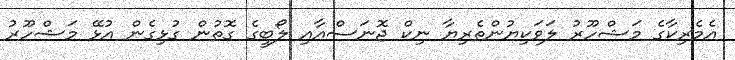
އެމެރިކާގެ މަޝްހޫރު ލަވަކިޔުންތެރިޔާ ނިކް ޖޮނަސްއާއި ލޯބީގެ ގޮތުން ގުޅިގެން އުޅޭ މަޝްހޫރު